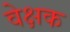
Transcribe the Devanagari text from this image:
वेक्षक